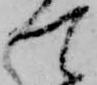
て